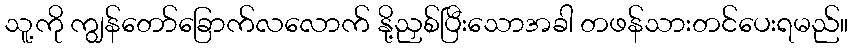
သူ့ကို ကျွန်တော်ခြောက်လလောက် နို့ညှစ်ပြီးသောအခါ တဖန်သားတင်ပေးရမည်။